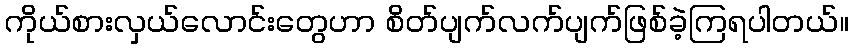
ကိုယ်စားလှယ်လောင်းတွေဟာ စိတ်ပျက်လက်ပျက်ဖြစ်ခဲ့ကြရပါတယ်။